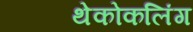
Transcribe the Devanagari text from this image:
थेकोकलिंग